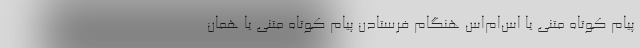
پیام کوتاه متنی یا اس‌ام‌اس هنگام فرستادن پیام کوتاه متنی یا همان